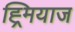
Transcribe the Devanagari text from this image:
ह्र्मियाज